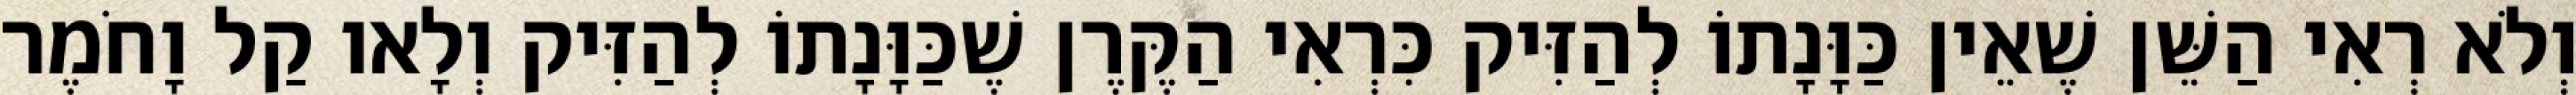
וְלֹא רְאִי הַשֵּׁן שֶׁאֵין כַּוָּנָתוֹ לְהַזִּיק כִּרְאִי הַקֶּרֶן שֶׁכַּוָּנָתוֹ לְהַזִּיק וְלָאו קַל וָחֹמֶר